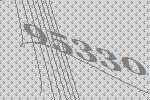
95330